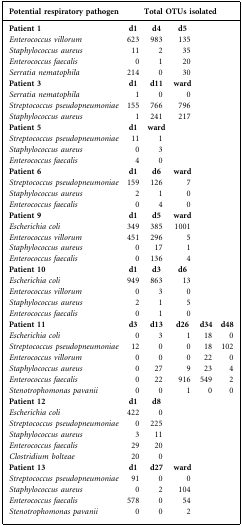
<table><thead><tr><td><b>Potential respiratory pathogen</b></td><td colspan="5"><b>Total OTUs isolated</b></td></tr></thead><tbody><tr><td><b>Patient 1</b></td><td><b>d1</b></td><td><b>d4</b></td><td><b>d5</b></td><td></td><td></td></tr><tr><td><i>Enterococcus villorum</i></td><td>623</td><td>983</td><td>135</td><td></td><td></td></tr><tr><td><i>Staphylococcus aureus</i></td><td>11</td><td>2</td><td>35</td><td></td><td></td></tr><tr><td><i>Enterococcus faecalis</i></td><td>0</td><td>1</td><td>20</td><td></td><td></td></tr><tr><td><i>Serratia nematophila</i></td><td>214</td><td>0</td><td>30</td><td></td><td></td></tr><tr><td><b>Patient 3</b></td><td><b>d1</b></td><td><b>d11</b></td><td><b>ward</b></td><td></td><td></td></tr><tr><td><i>Serratia nematophila</i></td><td>1</td><td>0</td><td>0</td><td></td><td></td></tr><tr><td><i>Streptococcus pseudopneumoniae</i></td><td>155</td><td>766</td><td>796</td><td></td><td></td></tr><tr><td><i>Staphylococcus aureus</i></td><td>1</td><td>241</td><td>217</td><td></td><td></td></tr><tr><td><b>Patient 5</b></td><td><b>d1</b></td><td><b>ward</b></td><td></td><td></td><td></td></tr><tr><td><i>Streptococcus pseudopneumoniae</i></td><td>11</td><td>1</td><td></td><td></td><td></td></tr><tr><td><i>Staphylococcus aureus</i></td><td>0</td><td>3</td><td></td><td></td><td></td></tr><tr><td><i>Enterococcus faecalis</i></td><td>4</td><td>0</td><td></td><td></td><td></td></tr><tr><td><b>Patient 6</b></td><td><b>d1</b></td><td><b>d6</b></td><td><b>ward</b></td><td></td><td></td></tr><tr><td><i>Streptococcus pseudopneumoniae</i></td><td>159</td><td>126</td><td>7</td><td></td><td></td></tr><tr><td><i>Staphylococcus aureus</i></td><td>2</td><td>1</td><td>0</td><td></td><td></td></tr><tr><td><i>Enterococcus faecalis</i></td><td>0</td><td>4</td><td>0</td><td></td><td></td></tr><tr><td><b>Patient 9</b></td><td><b>d1</b></td><td><b>d5</b></td><td><b>ward</b></td><td></td><td></td></tr><tr><td><i>Escherichia coli</i></td><td>349</td><td>385</td><td>1001</td><td></td><td></td></tr><tr><td><i>Enterococcus villorum</i></td><td>451</td><td>296</td><td>5</td><td></td><td></td></tr><tr><td><i>Staphylococcus aureus</i></td><td>0</td><td>17</td><td>1</td><td></td><td></td></tr><tr><td><i>Enterococcus faecalis</i></td><td>0</td><td>136</td><td>4</td><td></td><td></td></tr><tr><td><b>Patient 10</b></td><td><b>d1</b></td><td><b>d3</b></td><td><b>d6</b></td><td></td><td></td></tr><tr><td><i>Escherichia coli</i></td><td>949</td><td>863</td><td>13</td><td></td><td></td></tr><tr><td><i>Enterococcus villorum</i></td><td>0</td><td>3</td><td>0</td><td></td><td></td></tr><tr><td><i>Staphylococcus aureus</i></td><td>2</td><td>1</td><td>5</td><td></td><td></td></tr><tr><td><i>Enterococcus faecalis</i></td><td>0</td><td>1</td><td>0</td><td></td><td></td></tr><tr><td><b>Patient 11</b></td><td><b>d3</b></td><td><b>d13</b></td><td><b>d26</b></td><td><b>d34</b></td><td><b>d48</b></td></tr><tr><td><i>Escherichia coli</i></td><td>0</td><td>3</td><td>1</td><td>18</td><td>0</td></tr><tr><td><i>Streptococcus pseudopneumoniae</i></td><td>12</td><td>0</td><td>0</td><td>18</td><td>102</td></tr><tr><td><i>Enterococcus villorum</i></td><td>0</td><td>0</td><td>0</td><td>22</td><td>0</td></tr><tr><td><i>Staphylococcus aureus</i></td><td>0</td><td>27</td><td>9</td><td>23</td><td>4</td></tr><tr><td><i>Enterococcus faecalis</i></td><td>0</td><td>22</td><td>916</td><td>549</td><td>2</td></tr><tr><td><i>Stenotrophomonas pavanii</i></td><td>0</td><td>0</td><td>1</td><td>0</td><td>0</td></tr><tr><td><b>Patient 12</b></td><td><b>d1</b></td><td><b>d8</b></td><td></td><td></td><td></td></tr><tr><td><i>Escherichia coli</i></td><td>422</td><td>0</td><td></td><td></td><td></td></tr><tr><td><i>Streptococcus pseudopneumoniae</i></td><td>0</td><td>225</td><td></td><td></td><td></td></tr><tr><td><i>Staphylococcus aureus</i></td><td>3</td><td>11</td><td></td><td></td><td></td></tr><tr><td><i>Enterococcus faecalis</i></td><td>29</td><td>20</td><td></td><td></td><td></td></tr><tr><td><i>Clostridium bolteae</i></td><td>20</td><td>0</td><td></td><td></td><td></td></tr><tr><td><b>Patient 13</b></td><td><b>d1</b></td><td><b>d27</b></td><td><b>ward</b></td><td></td><td></td></tr><tr><td><i>Streptococcus pseudopneumoniae</i></td><td>91</td><td>0</td><td>0</td><td></td><td></td></tr><tr><td><i>Staphylococcus aureus</i></td><td>0</td><td>2</td><td>104</td><td></td><td></td></tr><tr><td><i>Enterococcus faecalis</i></td><td>578</td><td>0</td><td>54</td><td></td><td></td></tr><tr><td><i>Stenotrophomonas pavanii</i></td><td>0</td><td>0</td><td>2</td><td></td><td></td></tr></tbody></table>